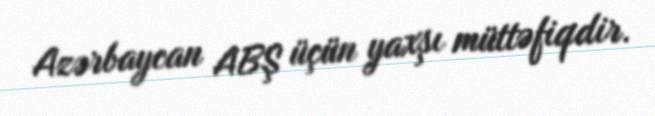
Azərbaycan ABŞ üçün yaxşı müttəfiqdir.